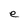
Character: e